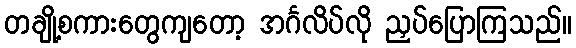
တချို့စကားတွေကျတော့ အင်္ဂလိပ်လို ညှပ်ပြောကြသည်။